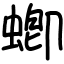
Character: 蝍